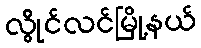
လွိုင်လင်မြို့နယ်